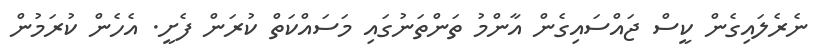
ނެރެލައިގެން ކީސް ޖައްސައިގެން އާންމު ތަންތަނުގައި މަސައްކަތް ކުރަން ފެށީ. އެހެން ކުރަމުން